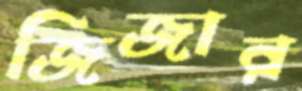
জিজার